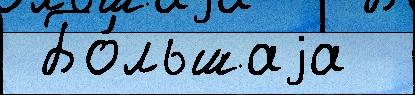
 Бо́льшаjа